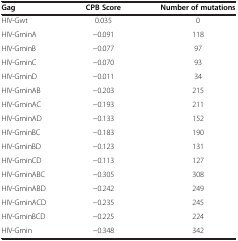
<table><thead><tr><td><b>Gag</b></td><td><b>CPB Score</b></td><td><b>Number of mutations</b></td></tr></thead><tbody><tr><td>HIV-Gwt</td><td>0.035</td><td>0</td></tr><tr><td>HIV-GminA</td><td>−0.091</td><td>118</td></tr><tr><td>HIV-GminB</td><td>−0.077</td><td>97</td></tr><tr><td>HIV-GminC</td><td>−0.070</td><td>93</td></tr><tr><td>HIV-GminD</td><td>−0.011</td><td>34</td></tr><tr><td>HIV-GminAB</td><td>−0.203</td><td>215</td></tr><tr><td>HIV-GminAC</td><td>−0.193</td><td>211</td></tr><tr><td>HIV-GminAD</td><td>−0.133</td><td>152</td></tr><tr><td>HIV-GminBC</td><td>−0.183</td><td>190</td></tr><tr><td>HIV-GminBD</td><td>−0.123</td><td>131</td></tr><tr><td>HIV-GminCD</td><td>−0.113</td><td>127</td></tr><tr><td>HIV-GminABC</td><td>−0.305</td><td>308</td></tr><tr><td>HIV-GminABD</td><td>−0.242</td><td>249</td></tr><tr><td>HIV-GminACD</td><td>−0.235</td><td>245</td></tr><tr><td>HIV-GminBCD</td><td>−0.225</td><td>224</td></tr><tr><td>HIV-Gmin</td><td>−0.348</td><td>342</td></tr></tbody></table>